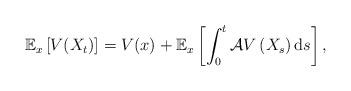
LaTeX: \begin{align*}\mathbb{E}_{x}\left[V(X_{t})\right]=V(x)+\mathbb{E}_{x}\left[\int_{0}^{t}\mathcal{A}V\left(X_{s}\right)\mathrm{d}s\right],\end{align*}